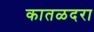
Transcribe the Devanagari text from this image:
कातळदरा